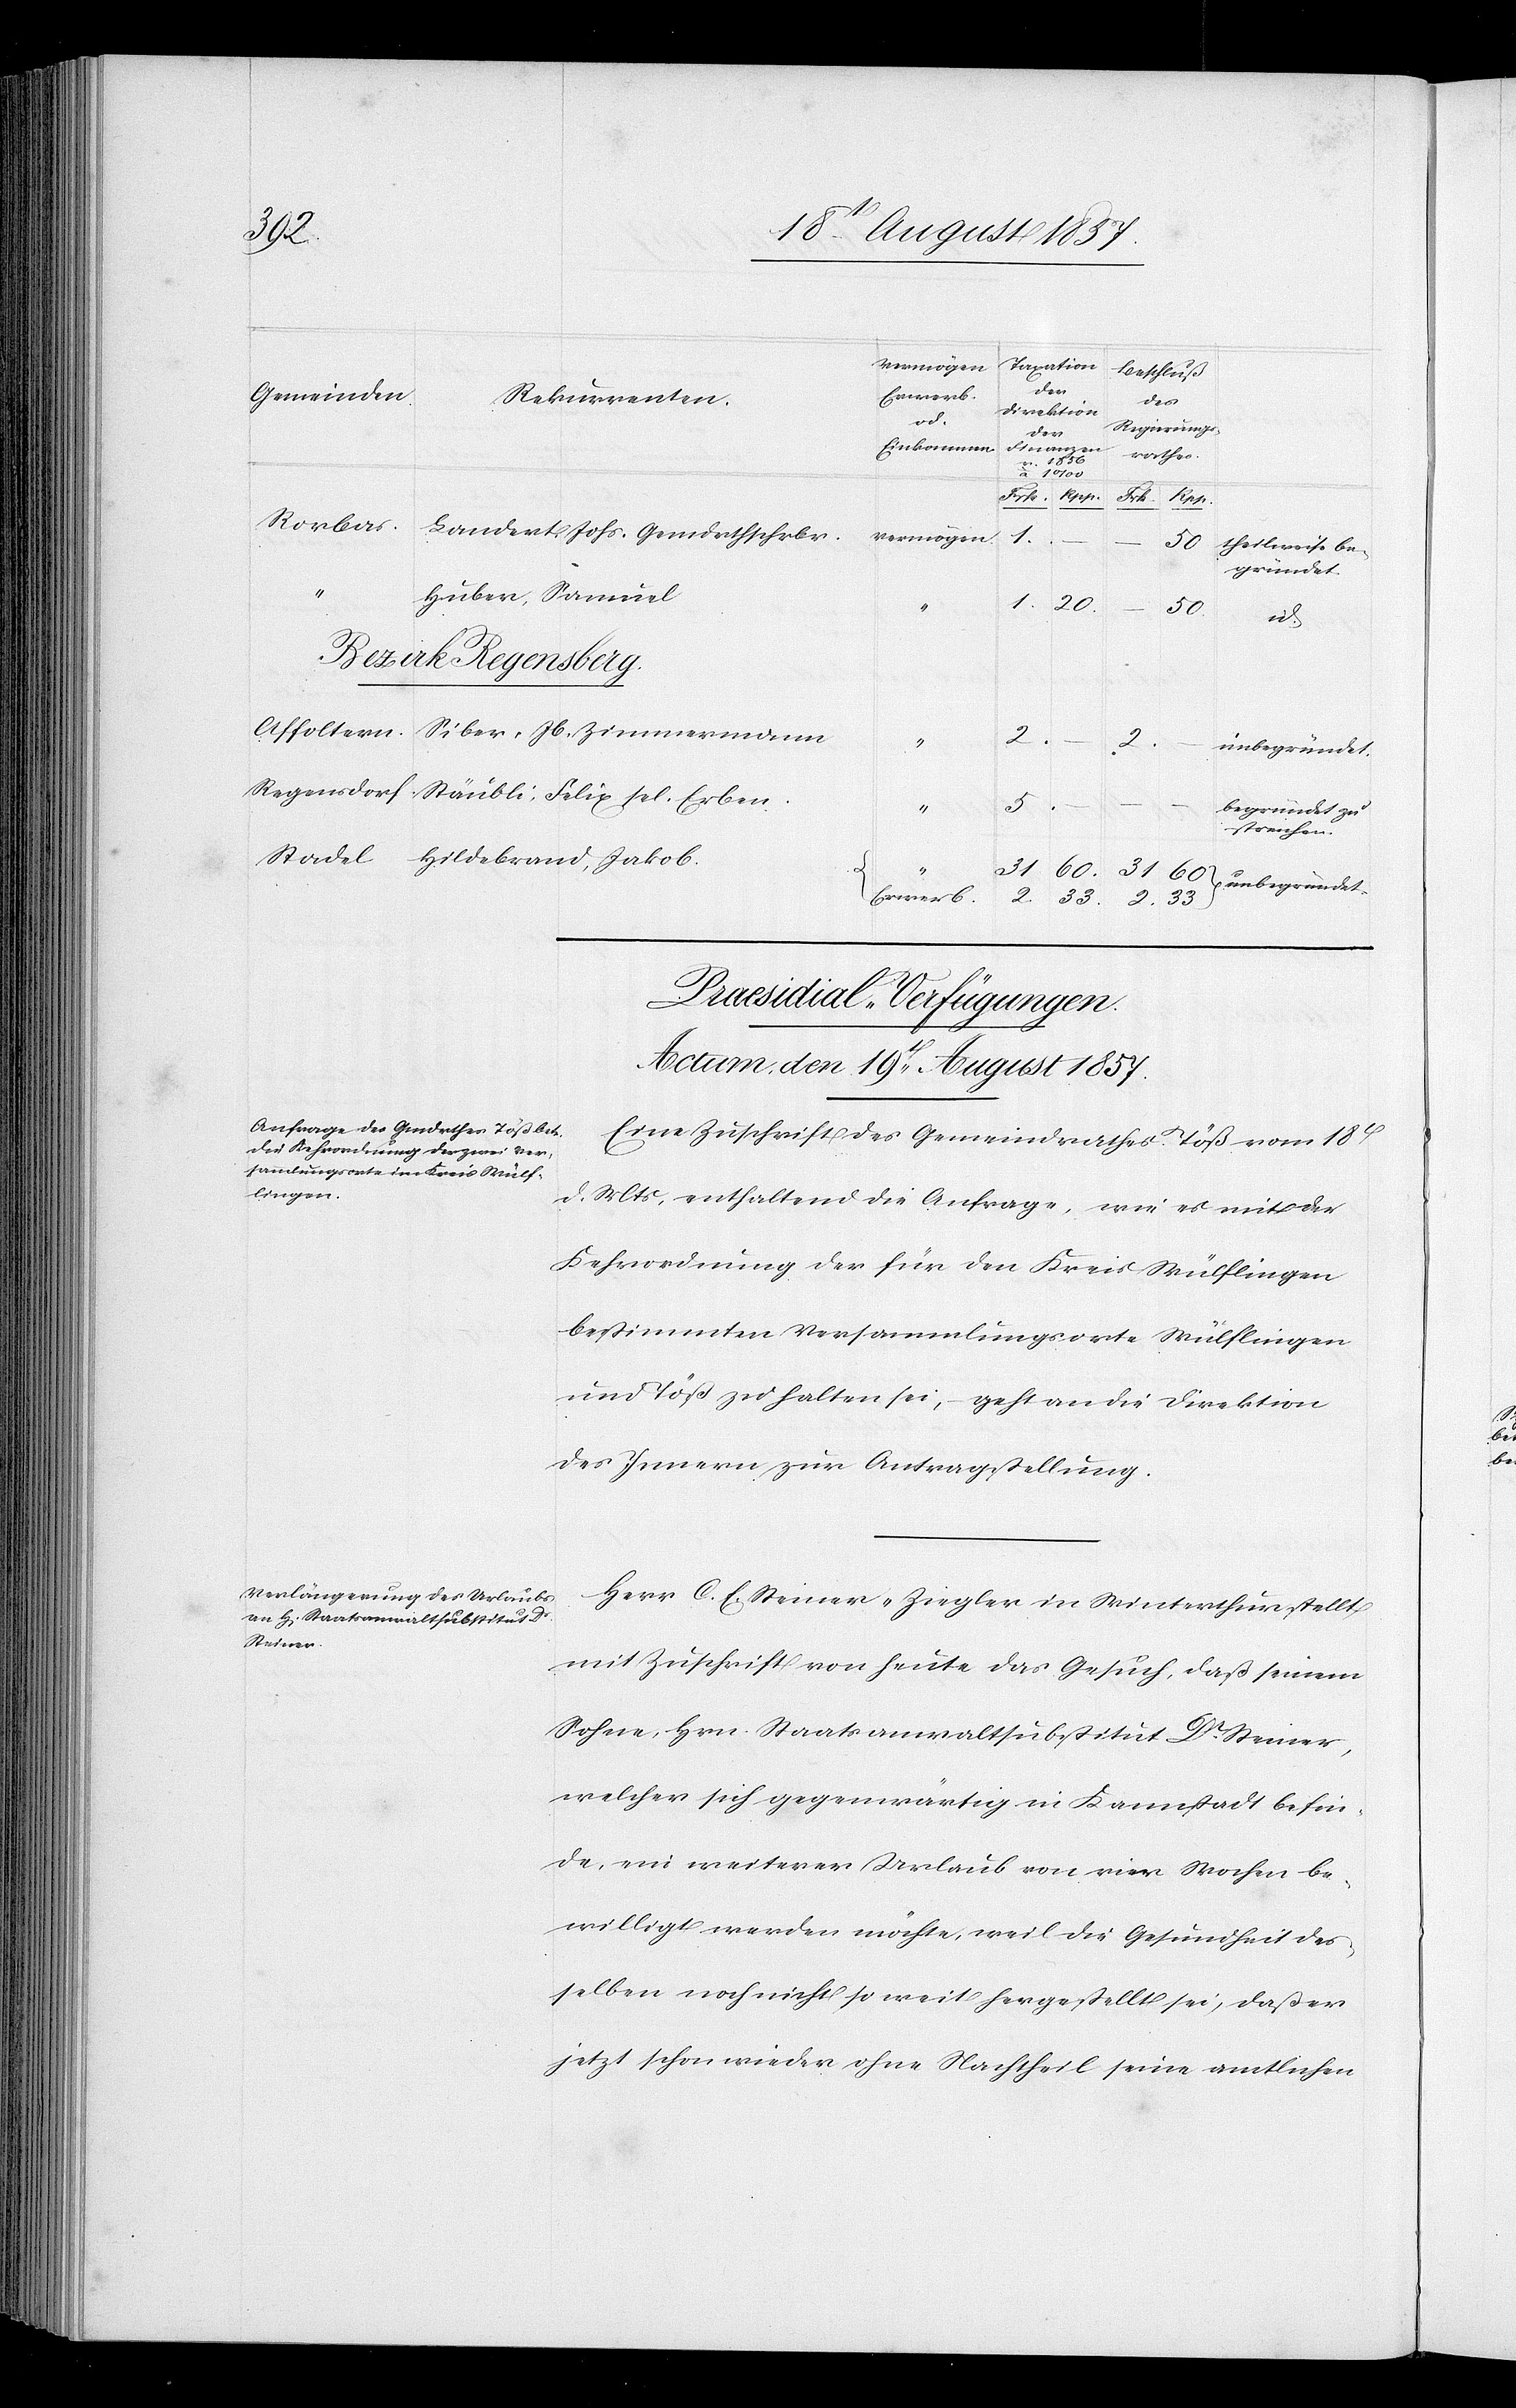
33
19t August 1857.]
ern
Erwerb
den
Actum,
Rorbas
theilweise be¬
gründet
1
5
2
Bezirk Regensborg
unbegründet
begründet zu
streichen
[Praesidial-Verfügungen.
Eine Zuschrift des Gemeindrathes Töß vom 18t
d. Mts., enthaltend die Anfrage, wie es mit der
Kehrordnung der für den Kreis Wülflingen
bestimmten Versammlungsorte Wülfingen
und Töß zu halten sei, – geht an die Direktion
des Innern zur Antragstellung.
Herr C. E. Steiner-Ziegler in Winterthur stellt
mit Zuschrift von heute das Gesuch, daß seinem
Sohne, Hrn. Staatsanwaltsubstitut Dr Steiner,
welcher sich gegenwärtig in Kamstadt befin¬
de, ein weiterer Urlaub von vier Wochen be¬
willigt werden möchte, weil die Gesundheit des¬
selben noch nicht so weit hergestellt sei, daß er
jetzt schon wieder ohne Nachtheil seine amtlichen